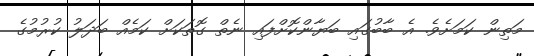
މަތިން ކަމަށެވެ. އެ ބާބުގައި ބަޔާންކޮށްފައި ނެތް ގޮތަކަށް ކަމެއް ބަދަލު ކުރުމުގެ